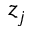
z _ { j }